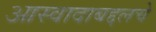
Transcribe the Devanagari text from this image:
आस्वादाबद्दलचे